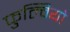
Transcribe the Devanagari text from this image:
फुल्वियो